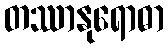
တဿာနုရောဓာ